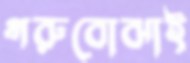
গরুবোঝাই